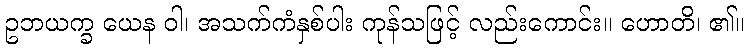
ဥဘယက္ခ ယေန ဝါ၊ အသက်ကံနှစ်ပါး ကုန်သဖြင့် လည်းကောင်း။ ဟောတိ၊ ၏။